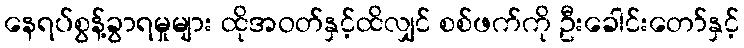
နေရပ်စွန့်ခွာရမှုများ ထိုအဝတ်နှင့်ထိလျှင် စစ်ဖက်ကို ဦးခေါင်းတော်နှင့်